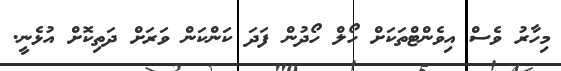
މިހާރު ވެސް އިވެންޓްތަކަށް ހޯލް ހޯދުން ފަދަ ކަންކަން ވަރަށް ދަތިކޮށް އުޅެނީ.